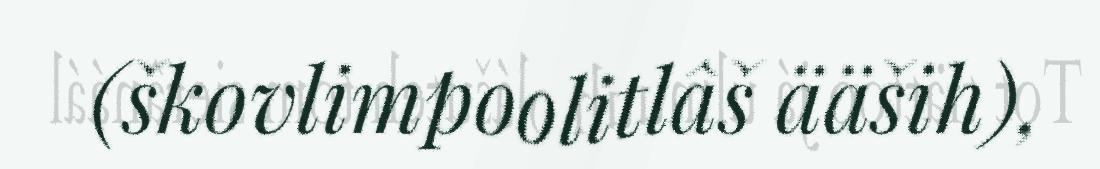
(škovlimpoolitlâš ääših),